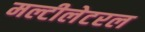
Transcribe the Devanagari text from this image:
मल्टीलेटरल